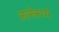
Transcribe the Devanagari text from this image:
मानेमध्ये